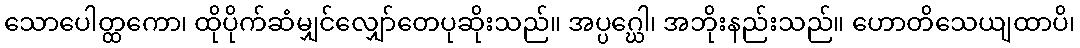
သောပေါတ္ထကော၊ ထိုပိုက်ဆံမျှင်လျှော်တေပုဆိုးသည်။ အပ္ပဂ္ဃေါ၊ အဘိုးနည်းသည်။ ဟောတိသေယျထာပိ၊